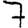
Digit: 7